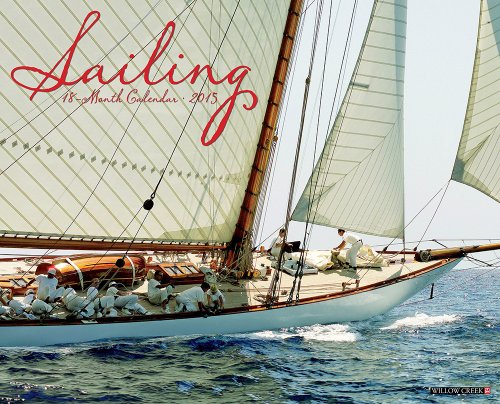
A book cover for Sailing 2015 Wall Calendar; Willow Creek Press; Calendars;